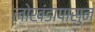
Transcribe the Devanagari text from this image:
लोखंडापासुन